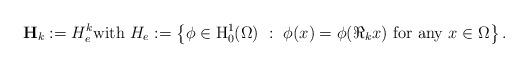
LaTeX: \begin{align*}\mathbf{H}_k:=H_e ^k\hbox{with}\ H_e:=\left\{\phi\in \mathrm{H}^1_0(\Omega)\ :\ \phi(x)=\phi(\Re_kx)\ \hbox{for any}\ x\in\Omega \right\}.\end{align*}